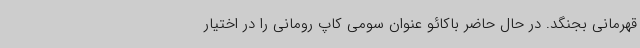
قهرمانی بجنگد. در حال حاضر باکائو عنوان سومی کاپ رومانی را در اختیار